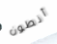
أنطون